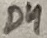
Text: D4